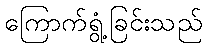
ကြောက်ရွံ့ခြင်းသည်